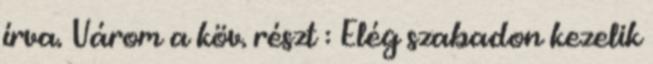
írva. Várom a köv. részt : Elég szabadon kezelik